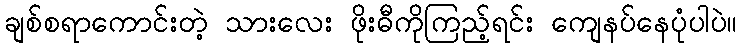
ချစ်စရာကောင်းတဲ့ သားလေး ဖိုးဓီကိုကြည့်ရင်း ကျေနပ်နေပုံပါပဲ။